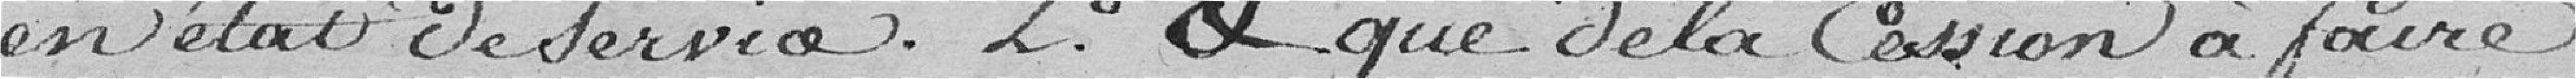
en état de service. 2 Et que la cession à faire